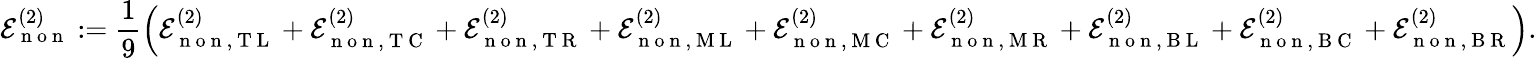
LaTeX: \mathcal{E}_{\mathrm{~n~o~n~}}^{(2)}:=\frac{1}{9}\left(\mathcal{E}_{\mathrm{~n~o~n~},\mathrm{~T~L~}}^{(2)}+\mathcal{E}_{\mathrm{~n~o~n~},\mathrm{~T~C~}}^{(2)}+\mathcal{E}_{\mathrm{~n~o~n~},\mathrm{~T~R~}}^{(2)}+\mathcal{E}_{\mathrm{~n~o~n~},\mathrm{~M~L~}}^{(2)}+\mathcal{E}_{\mathrm{~n~o~n~},\mathrm{~M~C~}}^{(2)}+\mathcal{E}_{\mathrm{~n~o~n~},\mathrm{~M~R~}}^{(2)}+\mathcal{E}_{\mathrm{~n~o~n~},\mathrm{~B~L~}}^{(2)}+\mathcal{E}_{\mathrm{~n~o~n~},\mathrm{~B~C~}}^{(2)}+\mathcal{E}_{\mathrm{~n~o~n~},\mathrm{~B~R~}}^{(2)}\right).